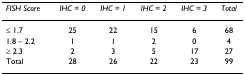
<table><thead><tr><td><b><i>FISH Score</i></b></td><td><b><i>IHC = 0</i></b></td><td><b><i>IHC = 1</i></b></td><td><b><i>IHC = 2</i></b></td><td><b><i>IHC = 3</i></b></td><td><b><i>Total</i></b></td></tr></thead><tbody><tr><td>≤ 1.7</td><td>25</td><td>22</td><td>15</td><td>6</td><td>68</td></tr><tr><td>1.8 – 2.2</td><td>1</td><td>1</td><td>2</td><td>0</td><td>4</td></tr><tr><td>≥ 2.3</td><td>2</td><td>3</td><td>5</td><td>17</td><td>27</td></tr><tr><td>Total</td><td>28</td><td>26</td><td>22</td><td>23</td><td>99</td></tr></tbody></table>